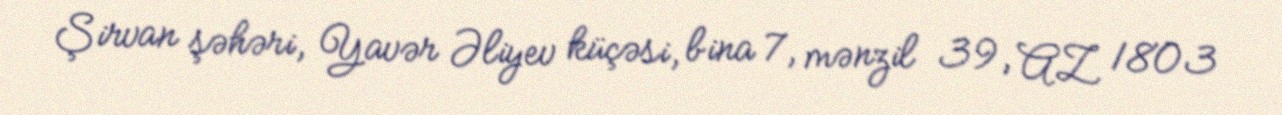
Şirvan şəhəri, Yavər Əliyev küçəsi, bina 7, mənzil 39, AZ 1803